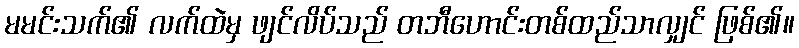
မမင်းသက်၏ လက်ထဲမှ ဖျင်လိပ်သည် တဘီဟောင်းတစ်ထည်သာလျှင် ဖြစ်၏။